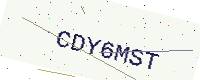
Text: CDY6MST